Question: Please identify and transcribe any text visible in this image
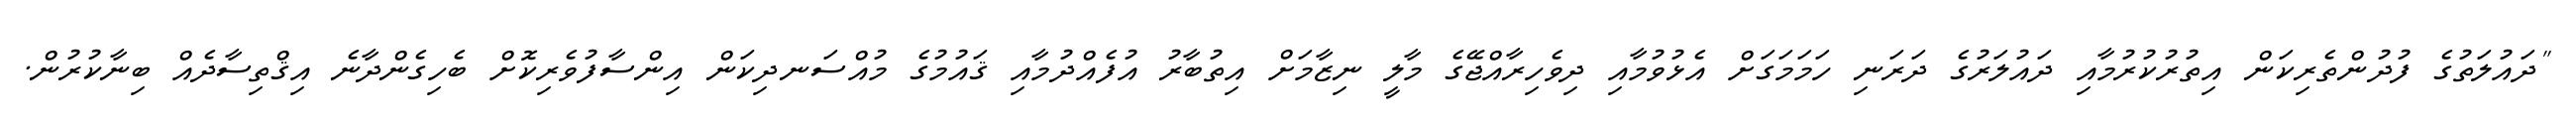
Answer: "ދައުލަތުގެ ފުދުންތެރިކަން އިތުރުކުރުމާއި ދައުލަރުގެ ދަރަނި ހަމަމަގަށް އެޅުވުމާއި ދިވެހިރާއްޖޭގެ މާލީ ނިޒާމަށް އިތުބާރު އުފެއްދުމާއި ޤައުމުގެ މުއްސަނދިކަން އިންސާފުވެރިކޮށް ބެހިގެންދާނެ އިޤްތިސާދެއް ބިނާކުރުން.